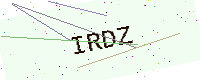
Text: IRDZ